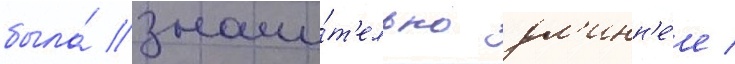
была́ значи́т'ельно дл'инн'е́е /